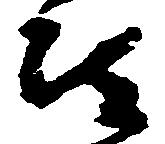
被